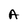
Character: A